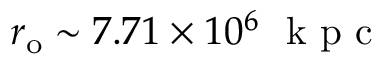
r _ { \mathrm { { o } } } \sim 7 . 7 1 \times 1 0 ^ { 6 } ~ \mathrm { ~ k ~ p ~ c ~ }